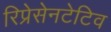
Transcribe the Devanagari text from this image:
रिप्रेसेनटेटिव